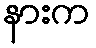
နားက